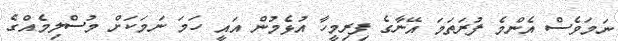
ނަމަވެސް އެންމެ ފުރަތަމަ އޭނާގެ ފިރިމީހާ އުޅެމުން އައީ ހަމަ ނަމަކަށް މުސްލިމެއްގެ